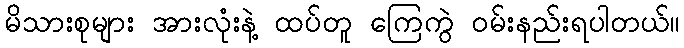
မိသားစုများ အားလုံးနဲ့ ထပ်တူ ကြေကွဲ ဝမ်းနည်းရပါတယ်။